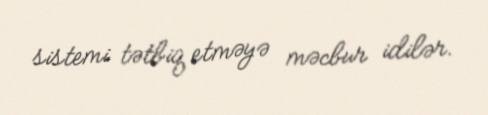
sistemi tətbiq etməyə məcbur idilər.